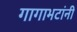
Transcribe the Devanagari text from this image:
गागाभटांनी